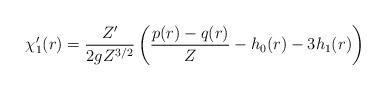
LaTeX: \begin{align*}\chi_1'(r)=\frac{Z'}{2gZ^{3/2}}\left(\frac{p(r)-q(r)}{Z}-h_0(r)-3h_1(r)\right)\end{align*}